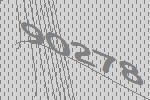
90278